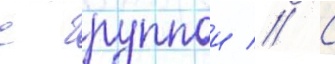
с группои // С